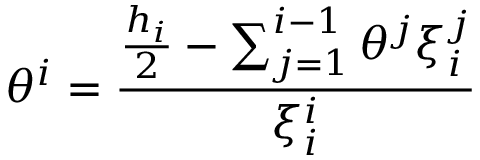
\theta ^ { i } = \frac { \frac { h _ { i } } { 2 } - \sum _ { j = 1 } ^ { i - 1 } \theta ^ { j } \xi _ { i } ^ { j } } { \xi _ { i } ^ { i } }